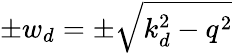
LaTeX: \pm w_{d}=\pm\sqrt{k_{d}^{2}-q^{2}}